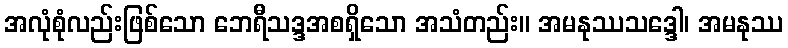
အလုံစုံလည်းဖြစ်သော ဘေရီသဒ္ဒအစရှိသော အသံတည်း။ အမနုဿသဒ္ဒေါ၊ အမနုဿ